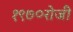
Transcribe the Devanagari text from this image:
१९७०रोजीे